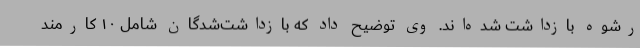
رشوه بازداشت شده‌اند. وی توضیح داد که بازداشت‌شدگان شامل ۱۰ کارمند